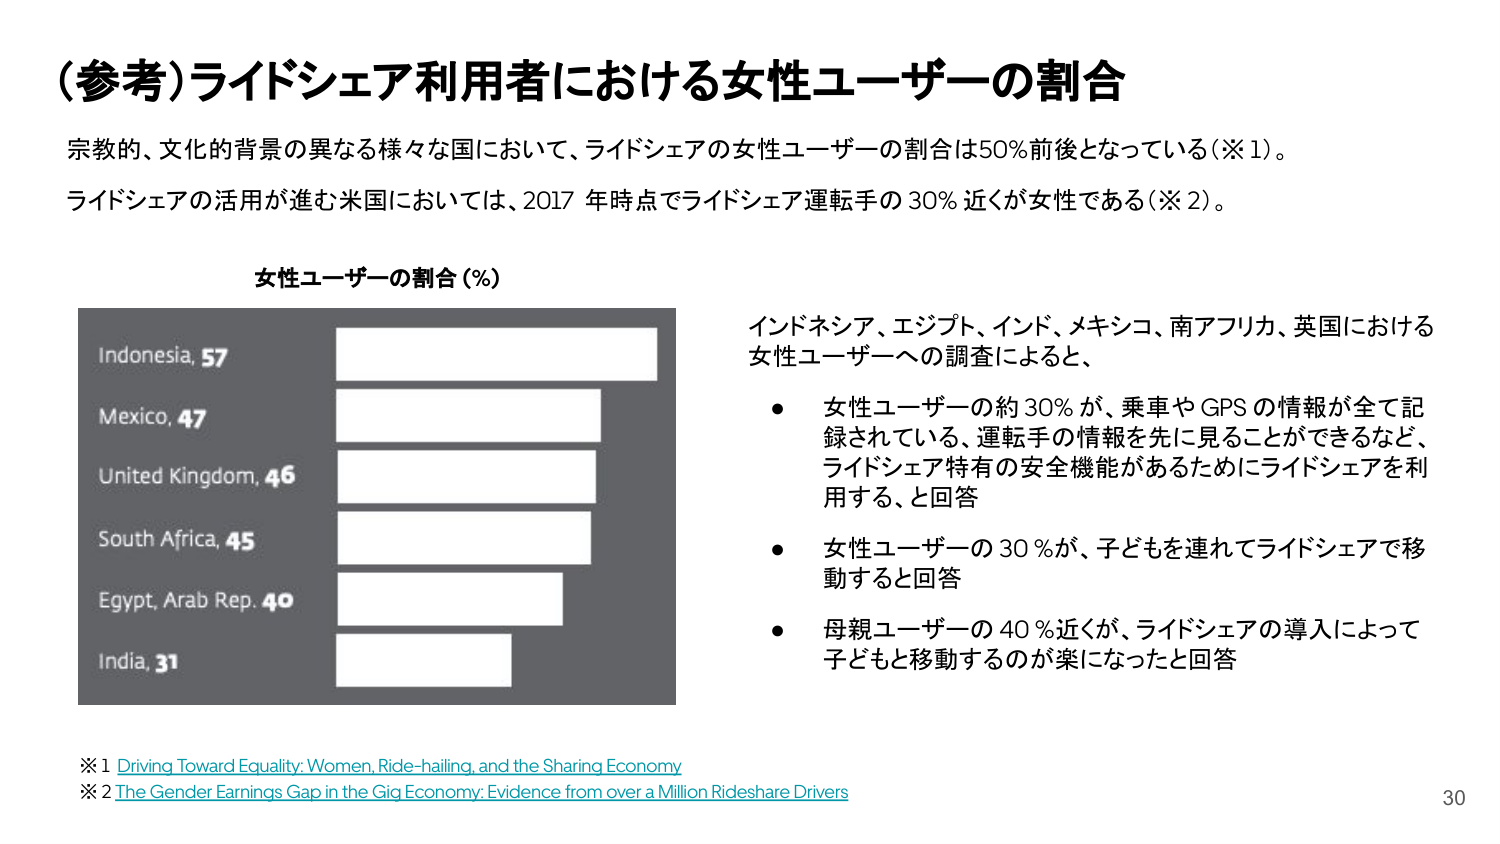
（参考）ライドシェア利用者における女性ユーザーの割合

宗教的、文化的背景の異なる様々な国において、ライドシェアの女性ユーザーの割合は50％前後となっている（※1）。
ライドシェアの活用が進む米国においては、2017年時点でライドシェア運転手の30％近くが女性である（※2）。

女性ユーザーの割合（％）

Indonesia, 57
Mexico, 47
United Kingdom, 46
South Africa, 45
Egypt, Arab Rep. 40
India, 31

インドネシア、エジプト、インド、メキシコ、南アフリカ、英国における
女性ユーザーへの調査によると、

・ 女性ユーザーの約30％が、乗車やGPSの情報が全て記録されている、運転手の情報を先に見ることができるなど、ライドシェア特有の安全機能があるためにライドシェアを利用する、と回答

・ 女性ユーザーの30％が、子どもを連れてライドシェアで移動すると回答

・ 母親ユーザーの40％近くが、ライドシェアの導入によって子どもと移動するのが楽になったと回答

※1 Driving Toward Equality: Women, Ride-hailing, and the Sharing Economy
※2 The Gender Earnings Gap in the Gig Economy: Evidence from over a Million Rideshare Drivers

30